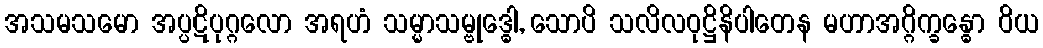
အသမသမော အပ္ပဋိပုဂ္ဂလော အရဟံ သမ္မာသမ္ဗုဒ္ဓေါ, သောပိ သလိလဝုဋ္ဌိနိပါတေန မဟာအဂ္ဂိက္ခန္ဓော ဝိယ